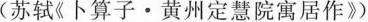
( 苏轼《卜算子 · 黄州定慧院寓居作 》)